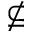
\nsubseteq